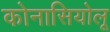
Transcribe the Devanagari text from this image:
कोनासियोलू